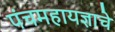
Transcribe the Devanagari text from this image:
पंचमहायज्ञाचे